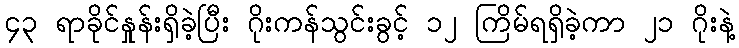
၄၃ ရာခိုင်နှုန်းရှိခဲ့ပြီး ဂိုးကန်သွင်းခွင့် ၁၂ ကြိမ်ရရှိခဲ့ကာ ၂၁ ဂိုးနဲ့